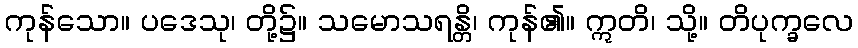
ကုန်သော။ ပဒေသု၊ တို့၌။ သမောသရန္တိ၊ ကုန်၏။ ဣတိ၊ သို့။ တိပုက္ခလေ